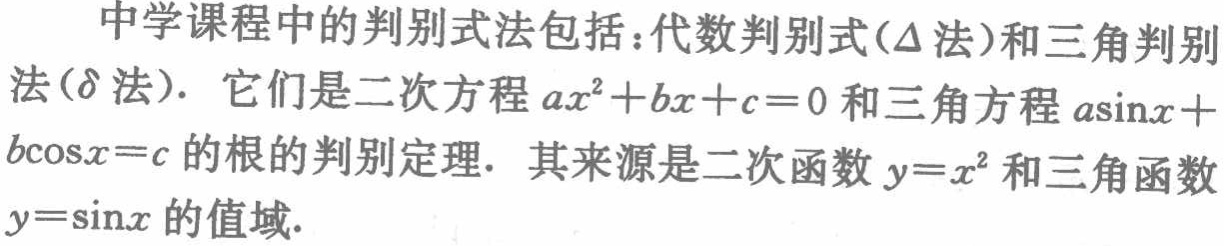
中学课程中的判别式法包括：代数判别式(\(\Delta\)法)和三角判别法(\(\delta\)法). 它们是二次方程\(ax^{2}+bx + c = 0\)和三角方程\(a\sin x + b\cos x = c\)的根的判别定理. 其来源是二次函数\(y = x^{2}\)和三角函数\(y=\sin x\)的值域.